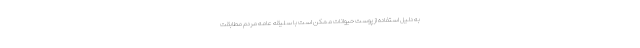
به دلیل استفاده از پوست حیوانات ممکن است با سلیقه عامه مردم مطابقت